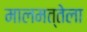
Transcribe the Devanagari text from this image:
मालमत्तेला